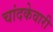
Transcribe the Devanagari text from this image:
चांदकेवारी